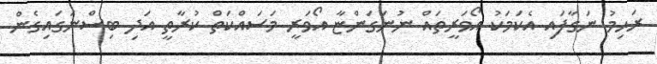
ރަހިމު ނަގާފައި އެކަމަކު އޯވަރީތައް ނުނަގަންޏާ އޯވަރީ މަސައްކަތް ކުރާތީ އަދި ބިސްނަގައިގެން